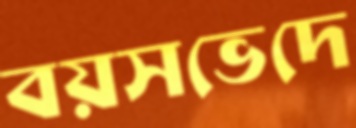
বয়সভেদে